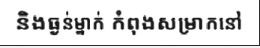
និងធ្ងន់ម្នាក់ កំពុងសម្រាកនៅ